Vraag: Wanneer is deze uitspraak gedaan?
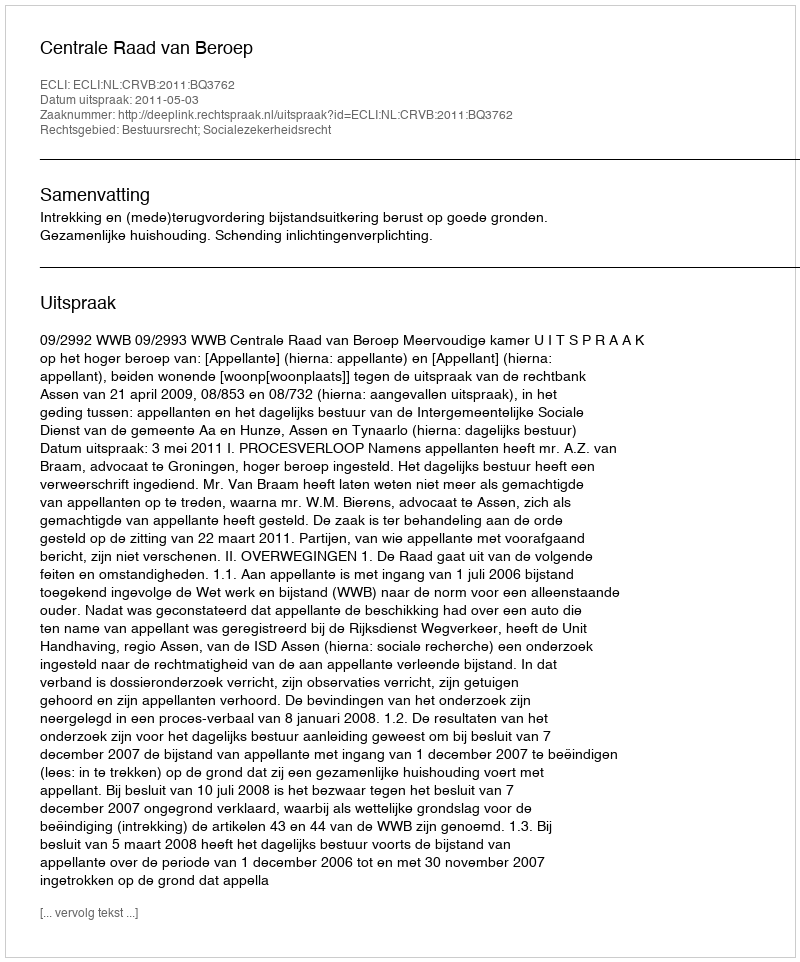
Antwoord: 2011-05-03